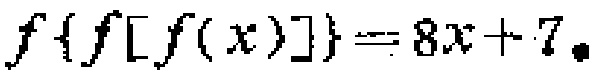
\(f\{f[f(x)]\}=8x + 7\)